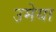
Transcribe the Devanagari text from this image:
उमेया